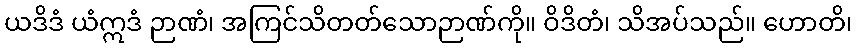
ယဒိဒံ ယံဣဒံ ဉာဏံ၊ အကြင်သိတတ်သောဉာဏ်ကို။ ဝိဒိတံ၊ သိအပ်သည်။ ဟောတိ၊